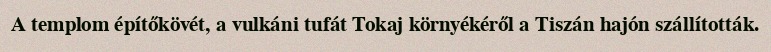
A templom építőkövét, a vulkáni tufát Tokaj környékéről a Tiszán hajón szállították.